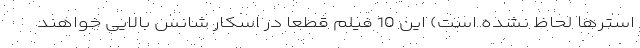
استرها لحاظ نشده است) این 10 فیلم قطعا در اسکار شانس بالایی خواهند